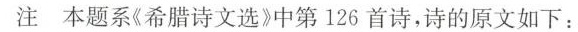
注本题系《希腊诗文选》中第126首诗，诗的原文如下：